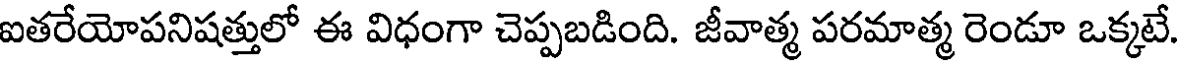
ఐతరేయోపనిషత్తులో ఈ విధంగా చెప్పబడింది. జీవాత్మ పరమాత్మ రెండూ ఒక్కటే